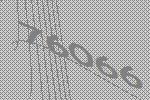
76066